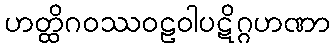
ဟတ္ထိဂဝဿဝဠဝါပဋိဂ္ဂဟဏာ